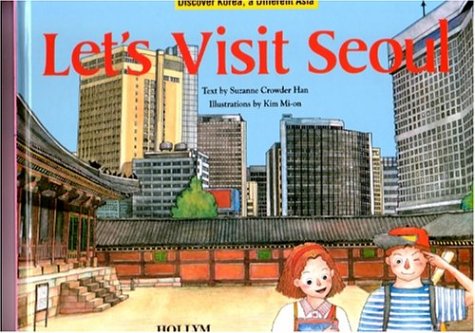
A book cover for Let's Visit Seoul; Mi-On Kim; Teen & Young Adult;